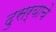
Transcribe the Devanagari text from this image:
दुसर्याचे